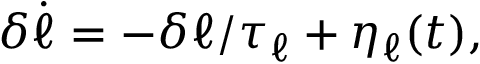
\delta \dot { \ell } = - \delta \ell / \tau _ { \ell } + \eta _ { \ell } ( t ) ,